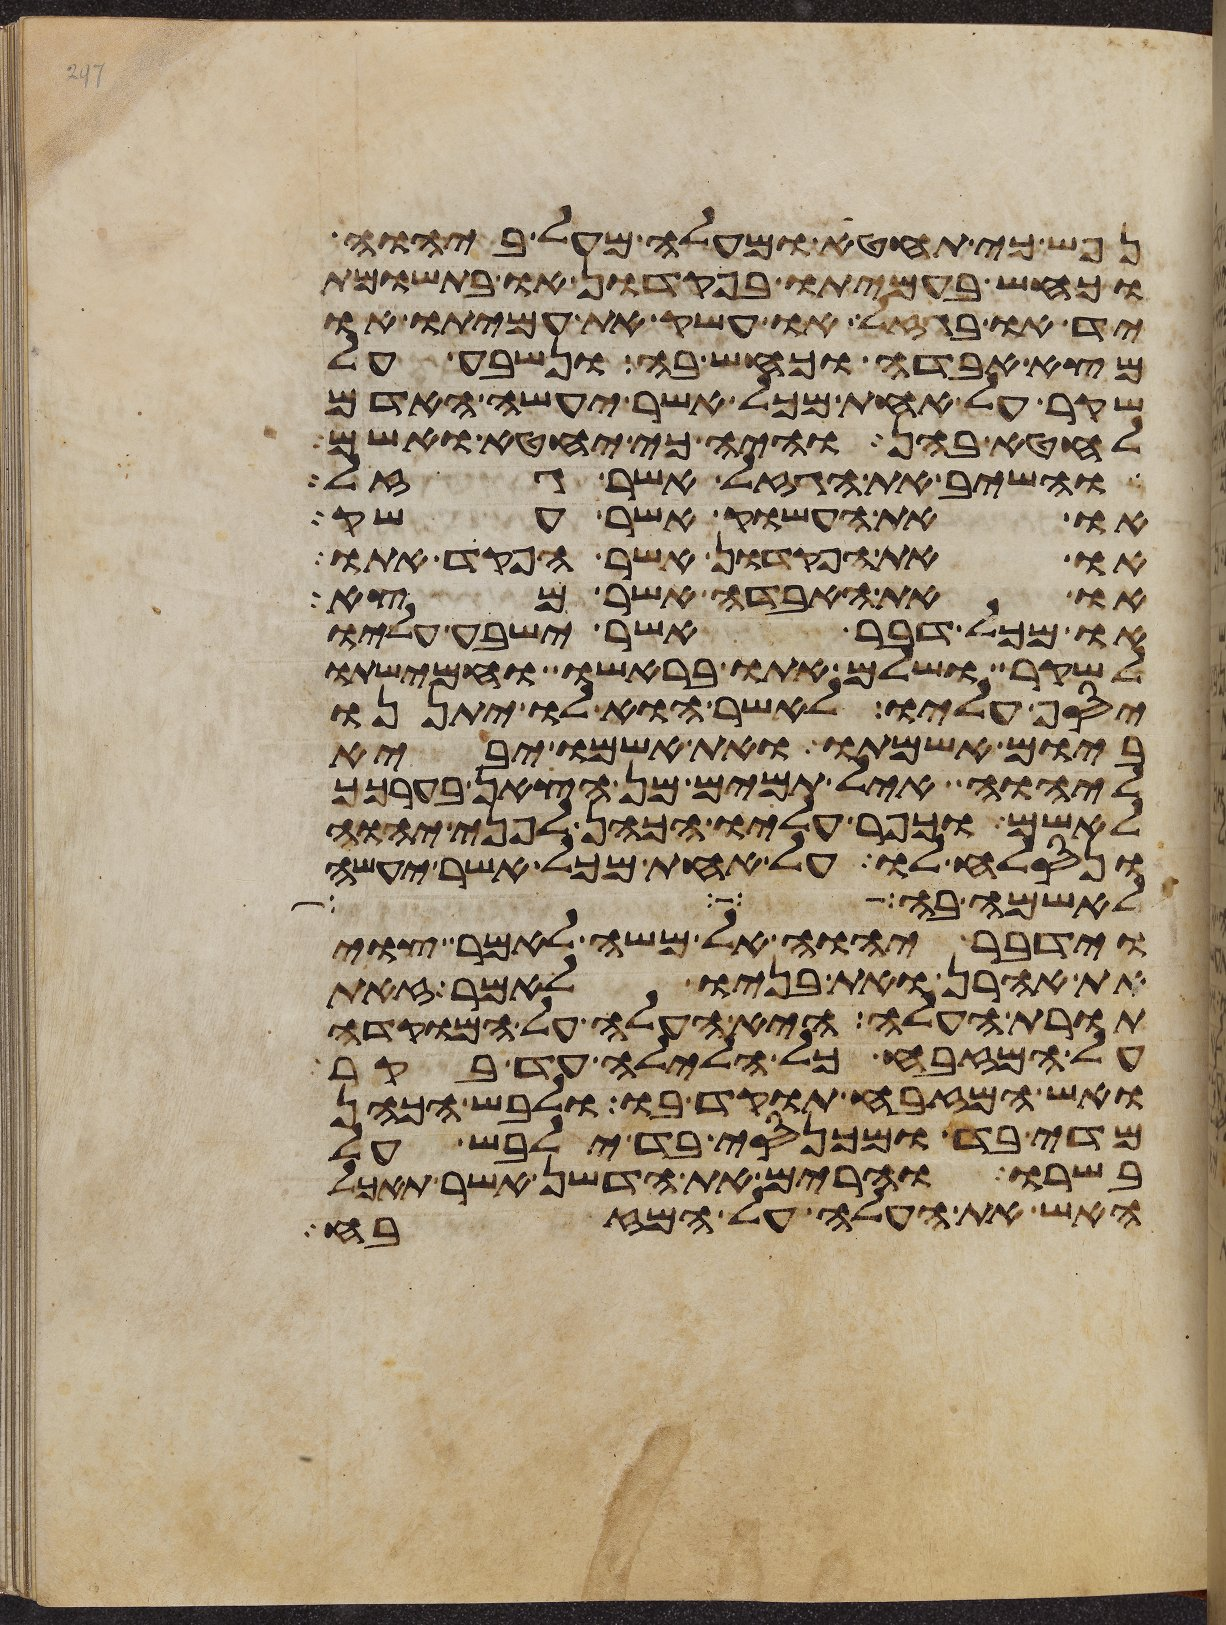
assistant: נפש כי תחטא ומעלה מעל ביהוה
וכחש בעמיתו בפקדון או בתשומת
יד או בגזל או עשק את עמיתו או
מצא אבדה וכחש בה ונשבע על
שקר על אחת מכל אשר יעשה האדם
לחטא בהן והיה כי יחטא ואשם
והשיב את הגזל אשר גזל
או את העשוק אשר עשק
או את הפקדון אשר הפקד אתו
או את האבדה אשר מצא
או מכל דבר אשר ישבע עליו
לשקר ושלם אתו בראשו וחמישתו
יסף עליו לאשר הוא לו יתננו
ביום אשמתו ואת אשמו יביא
ליהוה איל תמים מן הצאן בערכך
לאשם וכפר עליו הכהן לפני יהוה
ונסלח לו על אחת מכל אשר יעשה
לאשמה בה
וידבר יהוה אל משה לאמר צוי
את אהרן ואת בניו לאמר זאת
תורת העלה היא העלה על המוקדה
על המזבח כל הלילה עד בקר
ואש המזבח תוקד בו ולבש הכהן
מדי בד ומכנסי בד ילבש על
בשרו והרים את הדשן אשר תאכל
האש את העלה על המזבח